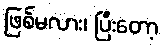
ဖြစ်မလား၊ ပြီးတော့